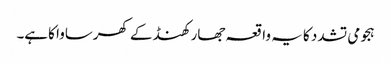
ہجومی تشدد کا یہ واقعہ جھارکھنڈ کے کھرساوا کاہے۔